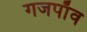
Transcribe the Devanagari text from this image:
गजपाँव